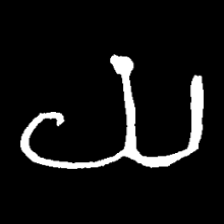
Pyu character \u2014 Myanmar letter: ယ (romanized: ya)